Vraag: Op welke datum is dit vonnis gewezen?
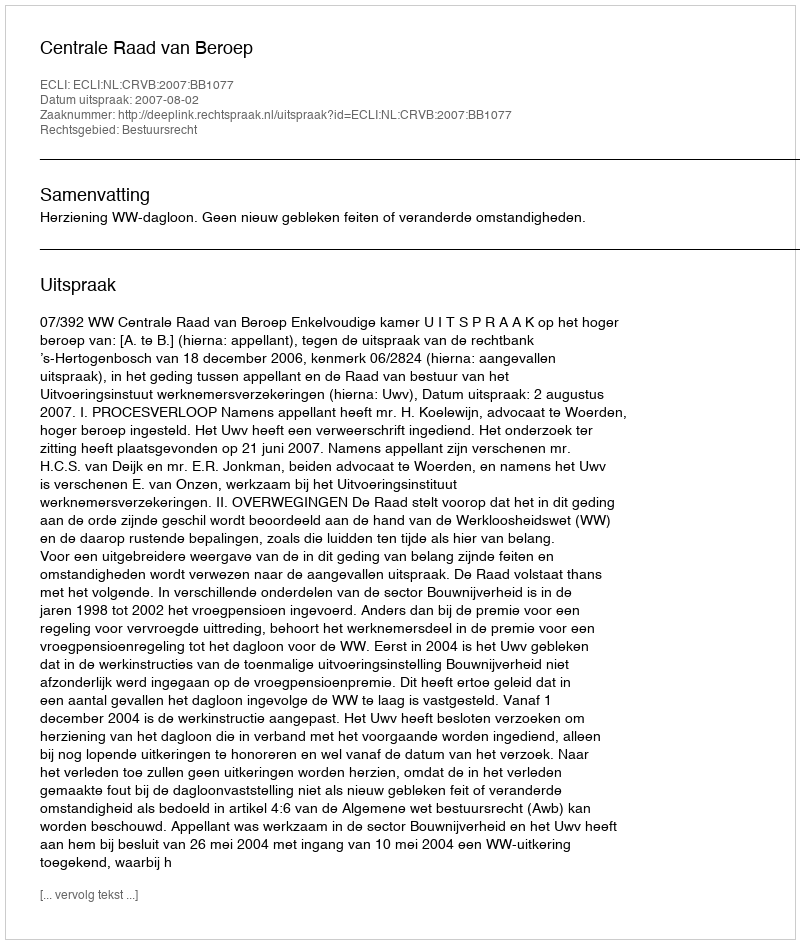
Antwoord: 2007-08-02